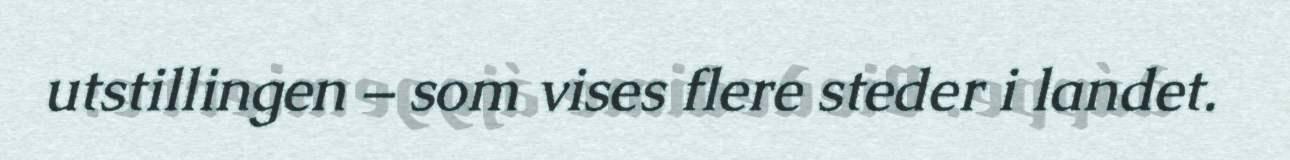
utstillingen – som vises flere steder i landet.